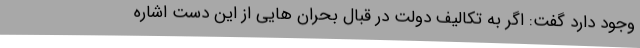
وجود دارد گفت: اگر به تکالیف دولت در قبال بحران هایی از این دست اشاره